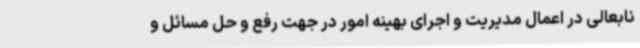
نابعالی در اعمال مدیریت و اجرای بهینه امور در جهت رفع و حل مسائل و